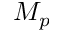
M _ { p }